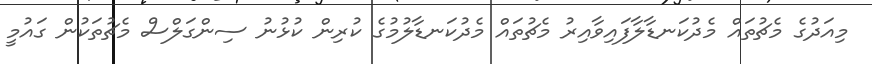
މިއަދުގެ މެޗުތައް މެދުކަނޑާލާފައިވާއިރު މެޗުތައް މެދުކަނޑާލުމުގެ ކުރިން ކުޅުނު ސިންގަލްސް މެޗުތަކުން ގައުމީ